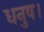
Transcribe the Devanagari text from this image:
धनुष।